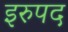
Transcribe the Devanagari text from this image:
इरुपद